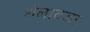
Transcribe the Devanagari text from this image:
शेलावजा